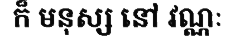
ក៏ មនុស្ស នៅ វណ្ណៈ